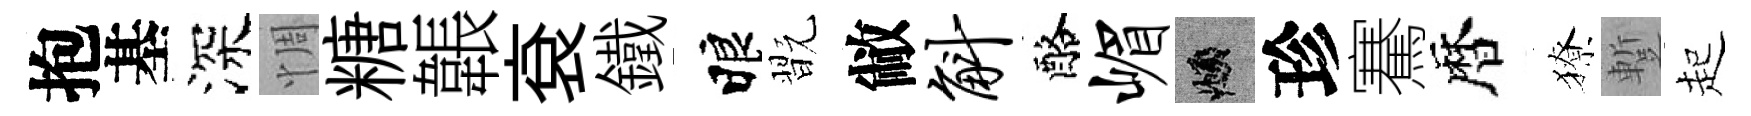
抱基深惆糖韔袞鐵睱翫敝斛酪嵋頫珍騫暦獠蹔起